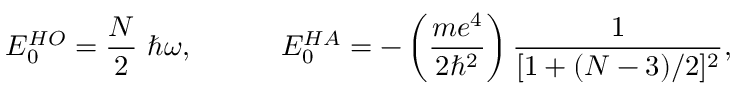
E _ { 0 } ^ { H O } = \frac { N } { 2 } ~ \hbar \omega , ~ ~ ~ ~ ~ ~ ~ ~ ~ E _ { 0 } ^ { H A } = - \left( \frac { m e ^ { 4 } } { 2 \hbar ^ { 2 } } \right) \frac { 1 } { [ 1 + ( N - 3 ) / 2 ] ^ { 2 } } ,